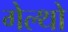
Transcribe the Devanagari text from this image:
गेल्थो